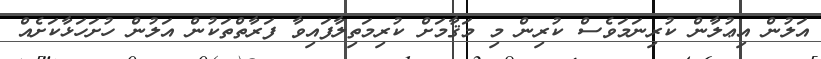
އަލުން އިޢުލާން ކުރިނަމަވެސް ކުރިން މި މަޤާމަށް ކުރިމަތިލާފައިވާ ފަރާތްތަކުން އަލުން ހުށަހަޅާކަށެއް